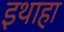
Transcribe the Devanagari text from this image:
इथाहा